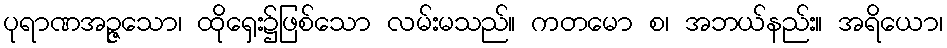
ပုရာဏအဉ္ဇသော၊ ထိုရှေး၌ဖြစ်သော လမ်းမသည်။ ကတမော စ၊ အဘယ်နည်း။ အရိယော၊